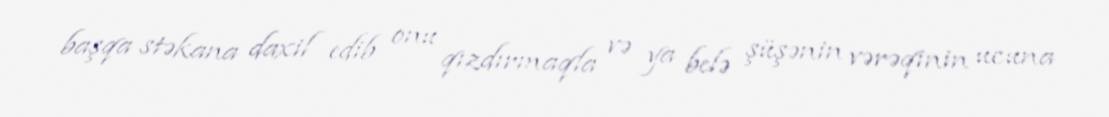
başqa stəkana daxil edib onu qızdırmaqla və ya belə şüşənin vərəqinin ucuna